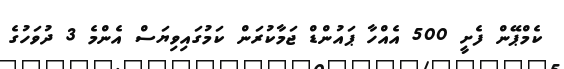
ކެމްޕޭން ފެށީ 500 އެއްހާ ޕައުންޑް ޖަމާކުރަން ކަމުގައިވިޔަސް އެންމެ 3 ދުވަހުގެ